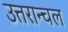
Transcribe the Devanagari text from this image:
उत्तरान्चल